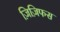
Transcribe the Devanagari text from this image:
ज़िज़िफस